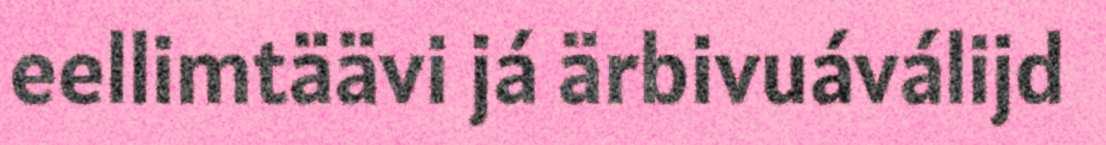
eellimtäävi já ärbivuáválijd